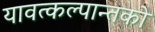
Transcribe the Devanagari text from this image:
यावत्कल्पान्तको